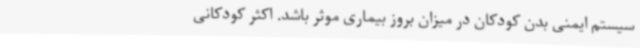
سیستم ایمنی بدن کودکان در میزان بروز بیماری موثر باشد. اکثر کودکانی